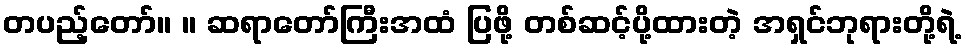
တပည့်တော်။ ။ ဆရာတော်ကြီးအထံ ပြဖို့ တစ်ဆင့်ပို့ထားတဲ့ အရှင်ဘုရားတို့ရဲ့